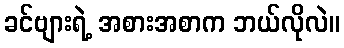
ခင်ဗျားရဲ့ အစားအစာက ဘယ်လိုလဲ။